Civil Veterinary Department. Madras. Admin. report 1910-25 - 1910-1925
Year: 1910
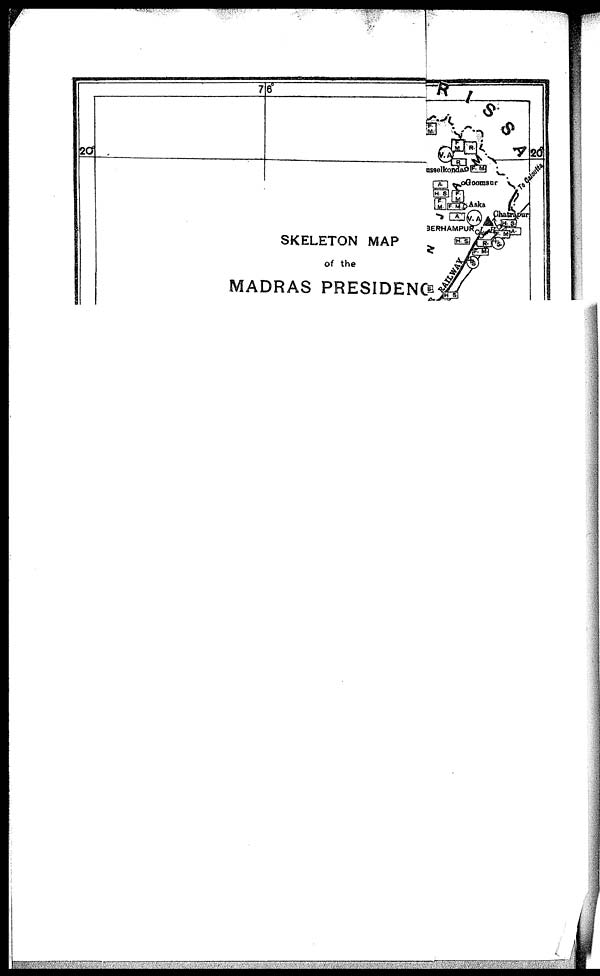
SKELETON MAP
of the
MADRAS PRESIDENC